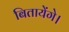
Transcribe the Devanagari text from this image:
बितायेंगे।